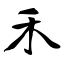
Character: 禾